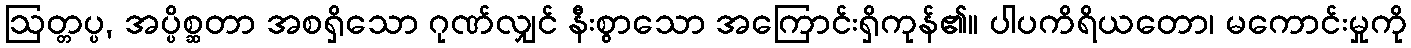
ဩတ္တပ္ပ, အပ္ပိစ္ဆတာ အစရှိသော ဂုဏ်လျှင် နီးစွာသော အကြောင်းရှိကုန်၏။ ပါပကိရိယတော၊ မကောင်းမှုကို